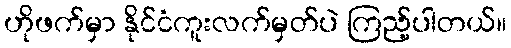
ဟိုဖက်မှာ နိုင်ငံကူးလက်မှတ်ပဲ ကြည့်ပါတယ်။